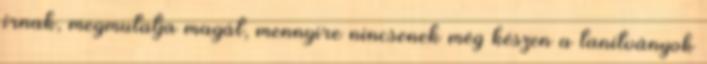
írnak, megmutatja magát, mennyire nincsenek még készen a tanítványok